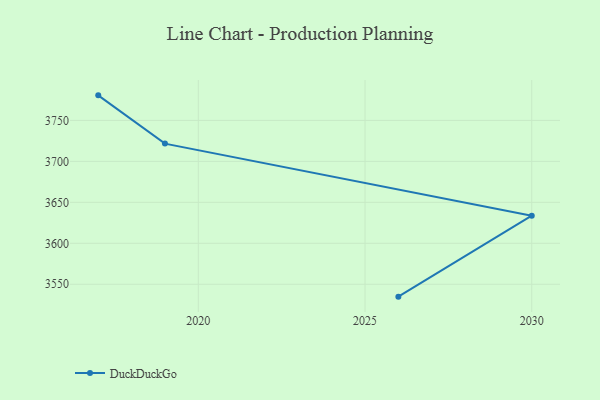
{"axis": {"x": "Year", "y": "Humidity (%)"}, "legend": ["DuckDuckGo"], "data": [{"x": "2026", "y": 3534.9, "type": "DuckDuckGo"}, {"x": "2030", "y": 3633.7, "type": "DuckDuckGo"}, {"x": "2019", "y": 3721.7, "type": "DuckDuckGo"}, {"x": "2017", "y": 3780.6, "type": "DuckDuckGo"}]}